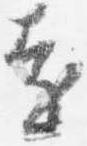
遠